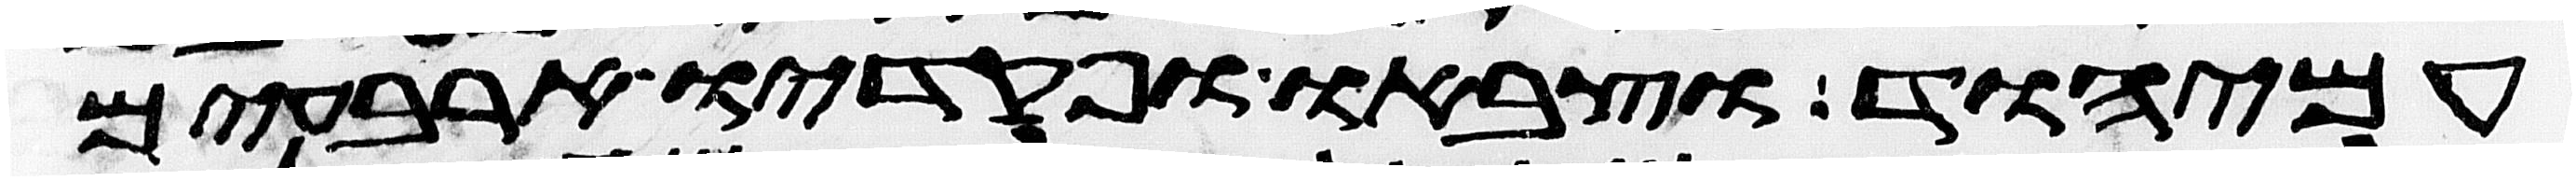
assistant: עמיהוד וצבאו ופקדיו ארבעים